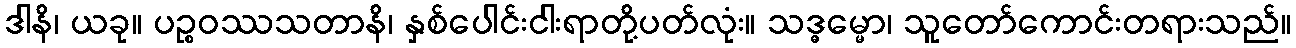
ဒါနိ၊ ယခု။ ပဉ္စဝဿသတာနိ၊ နှစ်ပေါင်းငါးရာတို့ပတ်လုံး။ သဒ္ဓမ္မော၊ သူတော်ကောင်းတရားသည်။